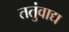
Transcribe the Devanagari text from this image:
ततुंवाद्य